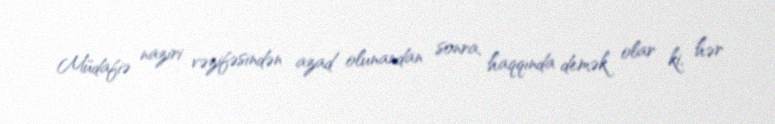
Müdafiə naziri vəzifəsindən azad olunandan sonra, haqqında demək olar ki, hər